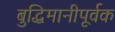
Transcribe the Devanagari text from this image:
बुद्धिमानीपूर्वक